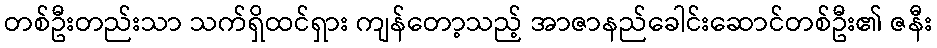
တစ်ဦးတည်းသာ သက်ရှိထင်ရှား ကျန်တော့သည့် အာဇာနည်ခေါင်းဆောင်တစ်ဦး၏ ဇနီး